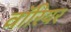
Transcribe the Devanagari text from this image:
वाॅरियर